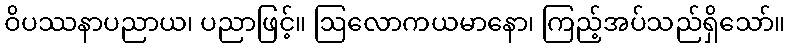
ဝိပဿနာပညာယ၊ ပညာဖြင့်။ ဩလောကယမာနော၊ ကြည့်အပ်သည်ရှိသော်။